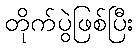
တိုက်ပွဲဖြစ်ပြီး